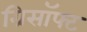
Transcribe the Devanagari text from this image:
ग्रिसॉफ्‍ट